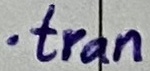
Text: .tran